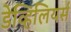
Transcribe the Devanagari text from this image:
डेव्हिलियर्स